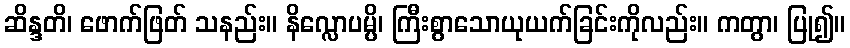
ဆိန္ဒတိ၊ ဖောက်ဖြတ် သနည်း။ နိလ္လောပမ္ပိ၊ ကြီးစွာသောယုယက်ခြင်းကိုလည်း။ ကတွာ၊ ပြု၍။